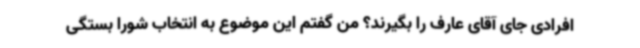
افرادی جای آقای عارف را بگیرند؟ من گفتم این موضوع به انتخاب شورا بستگی